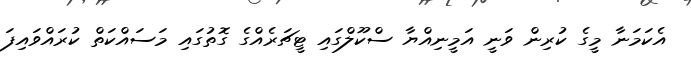
އެކަމަނާ މީގެ ކުރިން ވަނީ އަމީނިއްޔާ ސްކޫލްގައި ޓީޗަރެއްގެ ގޮތުގައި މަސައްކަތް ކުރައްވައިފަ